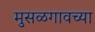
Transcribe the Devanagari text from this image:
मुसळगावच्या